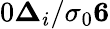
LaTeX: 0\le\Delta_{i}/\sigma_{0}\le 6